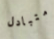
متبادل